Leaving Certificate Examination (including Day School Certificate (Higher) General paper), 1938
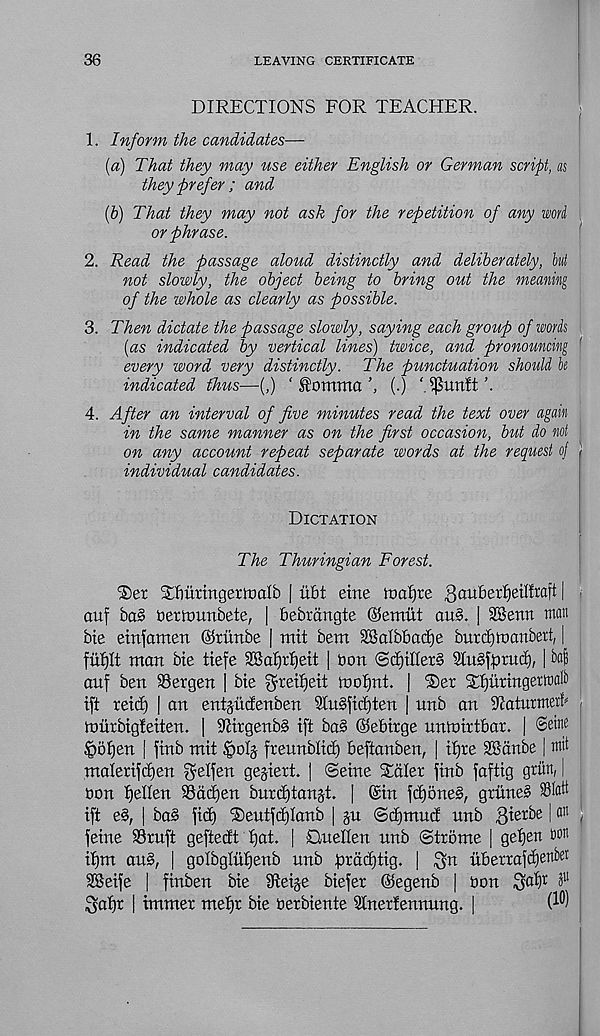
36
LEAVING CERTIFICATE
DIRECTIONS FOR TEACHER.
1. Inform the candidates—
(a) That they may use either English or German script, as
they prefer ; and
(b) That they may not ask for the repetition of any word
or phrase.
2. Read the passage aloud distinctly and deliberately, hi
not slowly, the object being to bring out the meaning
of the whole as clearly as possible.
3. Then dictate the passage slowly, saying each group of words
(as indicated by vertical lines) twice, and pronouncing
every word very distinctly. The punctuation should be
indicated thus—(,) ‘ ®omma
(.) ‘ ^unft
4. After an interval of five minutes read the text over again
in the same manner as on the first occasion, but do not
on any account repeat separate words at the request of
individual candidates.
Dictation
The Thuringian Forest.
Ter Tfiuxingertualb | iibt etne luafjre gaitberljeilfraft |
auf ba§ DerlTunbete, | Bebrangte ©ermit au§. | SSenn man
bte etnfamen ©riittbe | mit bem Sffialbbadje bitrcf)toanbett, |
fufjlt mart bte tiefe SBaf)tI)ett | bon Sd)tIIet§ SluSftnucf), | bafe
auf ben Bergen | bie ^retfjett mofjnt. | Tier Tljitringerwaft
ift retd) | an entjiidenben 9Iu§fid)ten | unb an Taturmetf^
murbigleiten. | 9Hrgenb§ ift ba§ ©ebirge nntnirtbar. | Sdne
§of)en | finb nut
freunblid) beftanben, | tf)re SSanbe | mit
malertfdjen $elfen gegiert. ] (Seine Taler jinb faftig gritn, |
bon tjellen SSddjen burdjtangt. | ©in fd)5ne§, gritne^ 33latt
ift e§, | ba§ fid) T)entfd)Ianb | gu <Sd)mud unb gietbe \ an
feine SSruft geftedt t>at. | Duellen nnb Strome | getjen ton
itjm au§, | golbglufienb nnb forddjtig. | ^n uberrafd)ettbet
SKeife | finben bie Steige biefer ©egenb | bon
^afjr | tmmer mef)r bie berbiente Stnertennung. |
(l 0 )